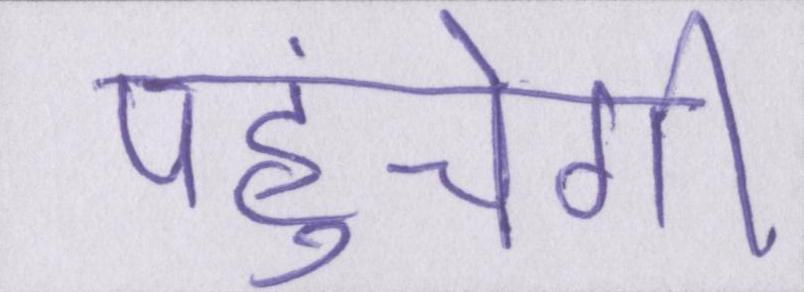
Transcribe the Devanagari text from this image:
पहुंचेगी